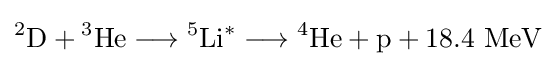
{}^{2}\mathrm {D} +{}^{3}\mathrm {He} \longrightarrow {}^{5}\mathrm {Li} ^{*}\longrightarrow {}^{4}\mathrm {He} +\mathrm {p} +18.4\ \mathrm {MeV}